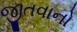
જીતવાનો